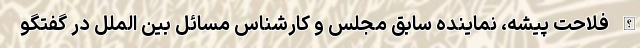
الله فلاحت پیشه، نماینده سابق مجلس و کارشناس مسائل بین الملل در گفتگو